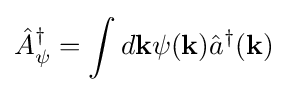
{\hat {A}}_{\psi }^{\dagger }=\int d\mathbf {k} \psi (\mathbf {k} ){\hat {a}}^{\dagger }(\mathbf {k} )